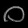
Digit: ၀